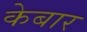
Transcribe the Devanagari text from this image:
केबार